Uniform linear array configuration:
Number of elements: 64
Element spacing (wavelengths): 0.75
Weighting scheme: cosine
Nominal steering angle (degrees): -45
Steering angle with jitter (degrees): -45.544
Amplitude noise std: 0.05
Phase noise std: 0.05

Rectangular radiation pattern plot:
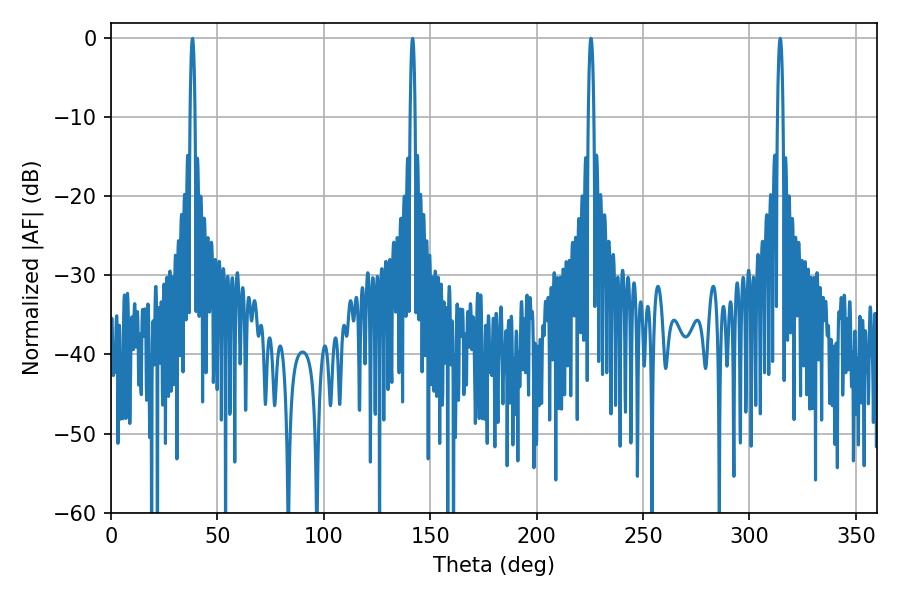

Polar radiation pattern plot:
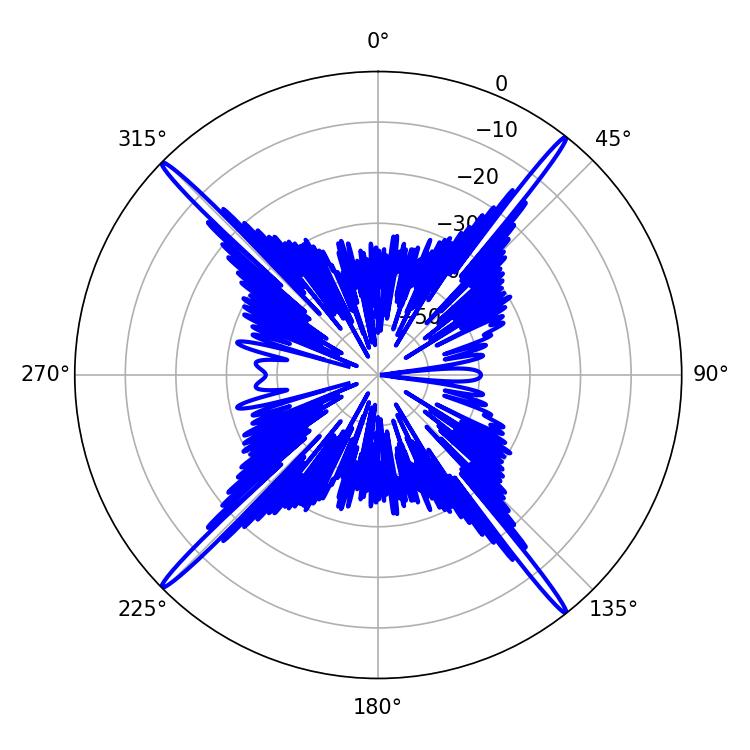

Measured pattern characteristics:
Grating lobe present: TRUE
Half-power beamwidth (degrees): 1.44
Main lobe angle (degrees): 225.54